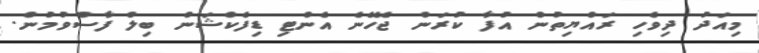
މިއަދު ދިވެހި ރައްޔިތުން އުފާ ކުރަން ޖެހޭނެ އެންޓި ޑިފެކްޝަން ބިލް ފާސްވުމުން.